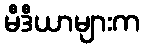
မီဒီယာများက